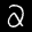
Digit: 2